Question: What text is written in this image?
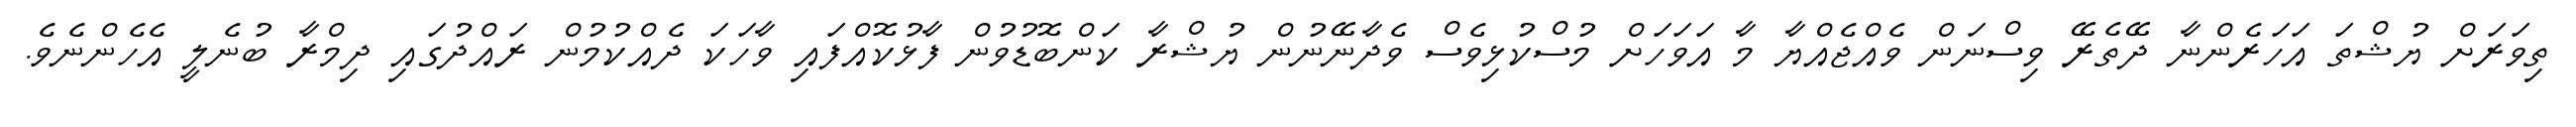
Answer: ތިވަރަށް ޔުޝްތަ އަހަރެންނާ ދޭތެރޭ ވިސްނަން ވެއްޖެއްޔާ މާ އަވަހަށް މުސްކުޅިވެސް ވެދާނޭނުން ޔުޝްރާ ކަންބޮޑުވުން ފާޅުކޮއްފައި ވާހަކަ ދެއްކުމުން ރައްދުގައި ދިމްރާ ބުނެލީ އެހެންނެވެ.